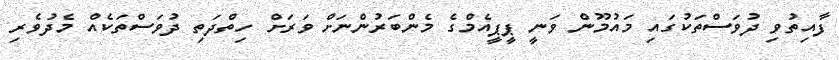
ފާއިތުވި ދުވަސްތަކުގައި މައުމޫން ވަނީ ޕީޕީއެމްގެ މެންބަރުންނަށް ވަރަށް ހިތްދަތި ދުވަސްތަކެއް މެދުވެރި